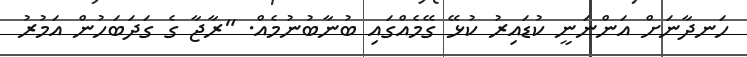
ހަނދާނަށް އަންނަނީ ކުޑައިރު ކުޅޭ ގޭމެއްގައި ބުނާބުނުމެއް. "ރާޖާ ގެ ގަދަބަހުން އަމުރު